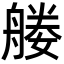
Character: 𦩩